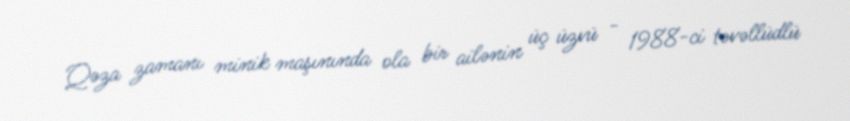
Qəza zamanı minik maşınında ola bir ailənin üç üzvü - 1988-ci təvəllüdlü